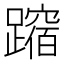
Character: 𲄉